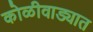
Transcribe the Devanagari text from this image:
कोळीवाड्यात